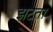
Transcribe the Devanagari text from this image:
झटता